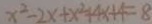
x ^ { 2 } - 2 x + x ^ { 2 } + 4 x + 4 = 8